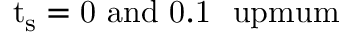
\mathrm { { t _ { s } = 0 \ \mathrm { a n d } \ 0 . 1 \ \ u p m u m } }